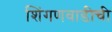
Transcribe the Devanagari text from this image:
शिंगणवाडीची